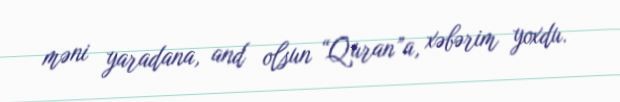
məni yaradana, and olsun “Quran”a, xəbərim yoxdu.